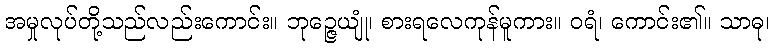
အမှုလုပ်တို့သည်လည်းကောင်း။ ဘုဉ္ဇေယျုံ၊ စားရလေကုန်မူကား။ ဝရံ၊ ကောင်း၏။ သာဓု၊